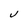
Character: J